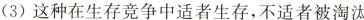
(3)这种在生存竞争中适者生存，不适者被淘汰